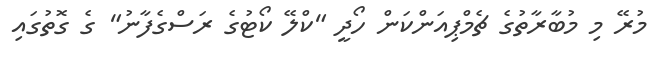
މުރޭ މި މުބާރާތުގެ ޗެމްޕިއަންކަން ހޯދީ "ކްލޭ ކޯޓުގެ ރަސްގެފާނު" ގެ ގޮތުގައި